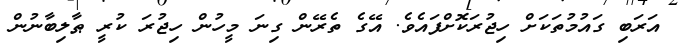
އަރަބި ގައުމުތަކަށް ހިޖުރަކޮށްފައެވެ. އޭގެ ތެރޭން ގިނަ މީހުން ހިޖުރަ ކުރީ ޠާލިބާނުން